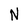
Character: N